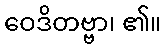
ဝေဒိတဗ္ဗာ၊ ၏။